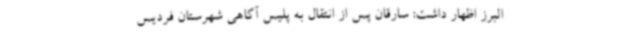
البرز اظهار داشت: سارقان پس از انتقال به پلیس آگاهی شهرستان فردیس